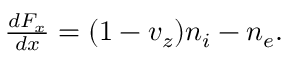
\begin{array} { r } { \frac { d F _ { x } } { d x } = ( 1 - v _ { z } ) n _ { i } - n _ { e } . } \end{array}